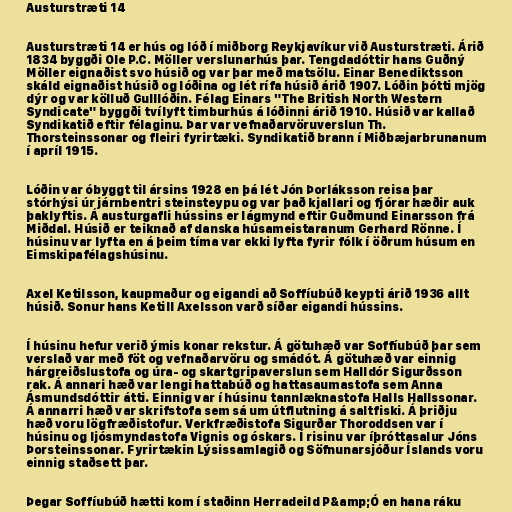
Austurstræti 14

Austurstræti 14 er hús og lóð í miðborg Reykjavíkur við Austurstræti. Árið
1834 byggði Ole P.C. Möller verslunarhús þar. Tengdadóttir hans Guðný
Möller eignaðist svo húsið og var þar með matsölu. Einar Benediktsson
skáld eignaðist húsið og lóðina og lét rífa húsið árið 1907. Lóðin þótti mjög
dýr og var kölluð Gulllóðin. Félag Einars "The British North Western
Syndicate" byggði tvílyft timburhús á lóðinni árið 1910. Húsið var kallað
Syndikatið eftir félaginu. Þar var vefnaðarvöruverslun Th.
Thorsteinssonar og fleiri fyrirtæki. Syndikatið brann í Miðbæjarbrunanum
í apríl 1915.

Lóðin var óbyggt til ársins 1928 en þá lét Jón Þorláksson reisa þar
stórhýsi úr járnbentri steinsteypu og var það kjallari og fjórar hæðir auk
þaklyftis. Á austurgafli hússins er lágmynd eftir Guðmund Einarsson frá
Miðdal. Húsið er teiknað af danska húsameistaranum Gerhard Rönne. Í
húsinu var lyfta en á þeim tíma var ekki lyfta fyrir fólk í öðrum húsum en
Eimskipafélagshúsinu.

Axel Ketilsson, kaupmaður og eigandi að Soffíubúð keypti árið 1936 allt
húsið. Sonur hans Ketill Axelsson varð síðar eigandi hússins.

Í húsinu hefur verið ýmis konar rekstur. Á götuhæð var Soffíubúð þar sem
verslað var með föt og vefnaðarvöru og smádót. Á götuhæð var einnig
hárgreiðslustofa og úra- og skartgripaverslun sem Halldór Sigurðsson
rak. Á annari hæð var lengi hattabúð og hattasaumastofa sem Anna
Ásmundsdóttir átti. Einnig var í húsinu tannlæknastofa Halls Hallssonar.
Á annarri hæð var skrifstofa sem sá um útflutning á saltfiski. Á þriðju
hæð voru lögfræðistofur. Verkfræðistofa Sigurðar Thoroddsen var í
húsinu og ljósmyndastofa Vignis og óskars. Í risinu var íþróttasalur Jóns
Þorsteinssonar. Fyrirtækin Lýsissamlagið og Söfnunarsjóður Íslands voru
einnig staðsett þar.

Þegar Soffíubúð hætti kom í staðinn Herradeild P&amp;Ó en hana ráku